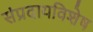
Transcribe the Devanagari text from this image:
संप्रदायविशेष